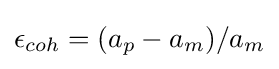
\epsilon _{coh}=(a_{p}-a_{m})/a_{m}